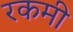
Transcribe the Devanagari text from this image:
रकमी